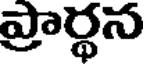
ప్రార్థన